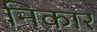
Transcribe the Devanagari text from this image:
निकार